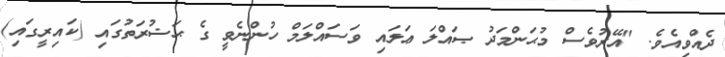
ދެއްވިއެވެ. "އޭރުވެސް މުޙަންމަދު ޞައްލަ ޢަލައި ވަސައްލަމް ހުންނެވީ ގެ ޙަޟުރަތުގައި (ކައިރީގައި)